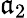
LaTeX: \mathfrak{a}_{2}